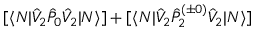
[ \langle N | \hat { V } _ { 2 } \hat { P } _ { 0 } \hat { V } _ { 2 } | N \rangle ] + [ \langle N | \hat { V } _ { 2 } \hat { P } _ { 2 } ^ { ( \pm 0 ) } \hat { V } _ { 2 } | N \rangle ]